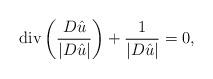
LaTeX: \begin{align*}\mathrm{div}\left(\frac{D \hat{u}}{|D \hat{u}|}\right)+\frac{1}{|D \hat{u}|}=0,\end{align*}